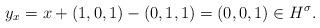
LaTeX: \begin{align*}y_x = x + (1,0,1)-(0,1,1) = (0,0,1) \in H^\sigma.\end{align*}